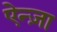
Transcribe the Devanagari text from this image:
ऐन्ज़ा